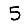
Digit: 5